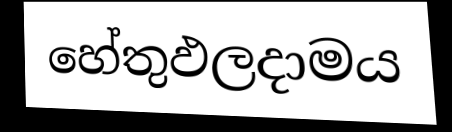
හේතුඵලදාමය